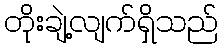
တိုးချဲ့လျက်ရှိသည်